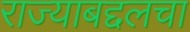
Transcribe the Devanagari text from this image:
राज्याबद्दलचा